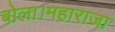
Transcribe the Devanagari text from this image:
बोला।महाराजा